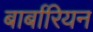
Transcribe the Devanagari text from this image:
बार्बारियन